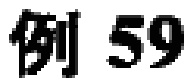
例 59